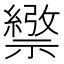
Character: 𥜄